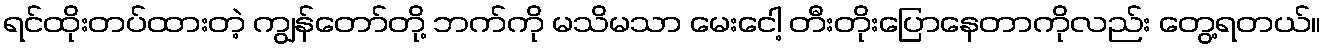
ရင်ထိုးတပ်ထားတဲ့ ကျွန်တော်တို့ ဘက်ကို မသိမသာ မေးငေါ့ တီးတိုးပြောနေတာကိုလည်း တွေ့ရတယ်။